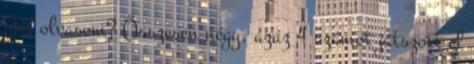
Jól olvasom? Összesen négy, azaz 4 számot játszott el